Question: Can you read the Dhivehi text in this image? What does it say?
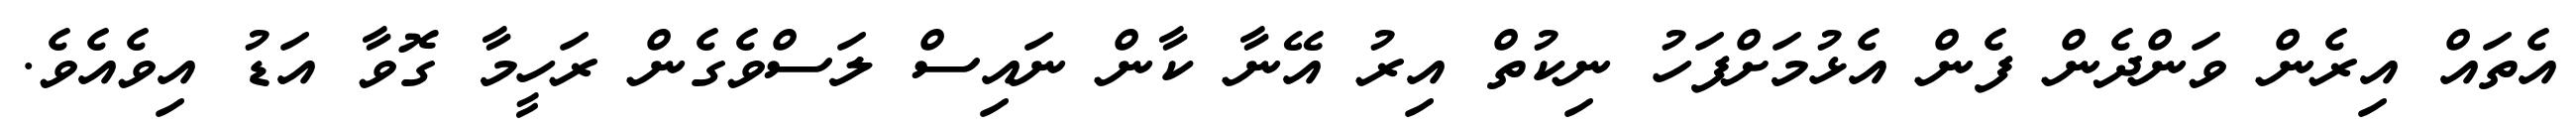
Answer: އެތައް އިރެން ވަންދެން ފެން އެޅުމަށްފަހު ނިކުތް އިރު އޭނާ ކާން ނައިސް ލަސްވެގެން ރަހީމާ ގޮވާ އަޑު އިވެއެވެ.